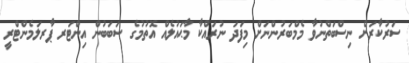
ސަރުކާރަށް ނިސްބަތްނުވާ މެމްބަރުންނަށް މިފަދަ ނުރައްކާ މާޙައުލެއް އޮތުމުގެ ސަބަބުން އިންޓަރ ޕާރލަމެންޓްރީ